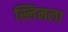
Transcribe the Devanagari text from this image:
स्लिमला